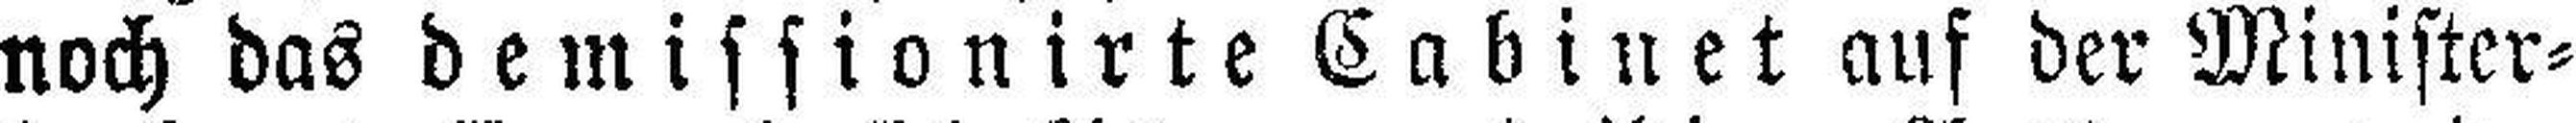
noch das demissionirte Cabinet auf der Minister¬